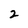
Character: 2